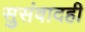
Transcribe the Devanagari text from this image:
सुसंवादही